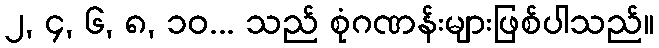
၂, ၄, ၆, ၈, ၁၀... သည် စုံဂဏန်းများဖြစ်ပါသည်။